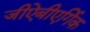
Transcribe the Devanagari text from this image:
जीऐबीएर्गिक